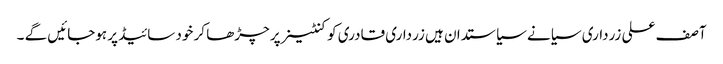
آصف علی زرداری سیانے سیاستدان ہیں زرداری قادری کو کنٹینر پر چڑھا کر خود سائیڈ پر ہوجائیں گے ۔